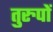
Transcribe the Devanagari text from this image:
तुरुपों